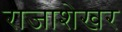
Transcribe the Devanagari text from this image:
राजाशेखर